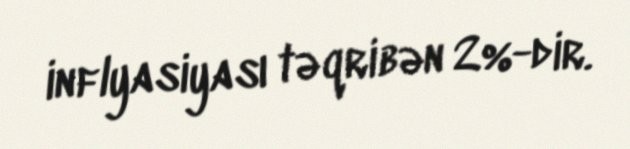
inflyasiyası təqribən 2%-dir.